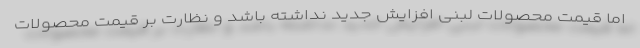
اما قیمت محصولات لبنی افزایش جدید نداشته باشد و نظارت بر قیمت محصولات